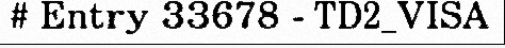
# Entry 33678 - TD2_VISA